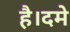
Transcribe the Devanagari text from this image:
है।दमे